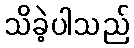
သိခဲ့ပါသည်